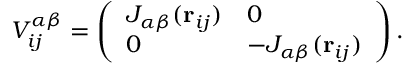
V _ { i j } ^ { \alpha \beta } = \left( \begin{array} { l l } { J _ { \alpha \beta } ( { \bf r } _ { i j } ) } & { 0 } \\ { 0 } & { - J _ { \alpha \beta } ( { \bf r } _ { i j } ) } \end{array} \right) .